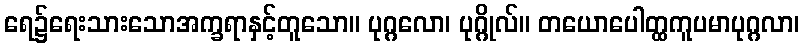
ရေ၌ရေးသားသောအက္ခရာနှင့်တူသော။ ပုဂ္ဂလော၊ ပုဂ္ဂိုလ်။ တယောပေါတ္ထကူပမာပုဂ္ဂလာ၊